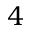
4